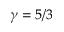
\gamma = 5 / 3